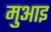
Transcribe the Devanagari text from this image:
मुआइ